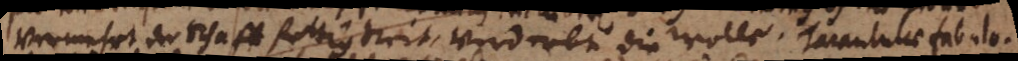
vermehrt der Schaff fettigkeit, verderbt die wolle. Tarantulae fabulo-